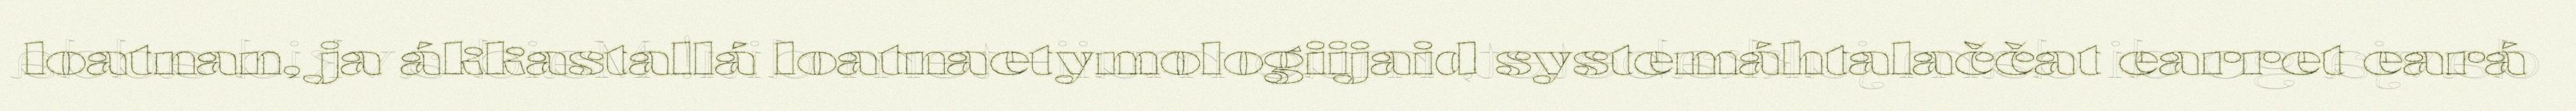
loatnan, ja ákkastallá loatnaetymologiijaid systemáhtalaččat earret eará